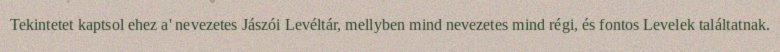
Tekintetet kaptsol ehez a' nevezetes Jászói Levéltár, mellyben mind nevezetes mind régi, és fontos Levelek találtatnak.